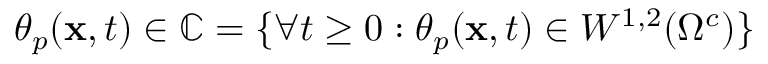
\theta _ { p } ( \mathbf { x } , t ) \in \mathbb { C } = \lbrace \forall t \geq 0 : \theta _ { p } ( \mathbf { x } , t ) \in W ^ { 1 , 2 } ( \Omega ^ { c } ) \rbrace